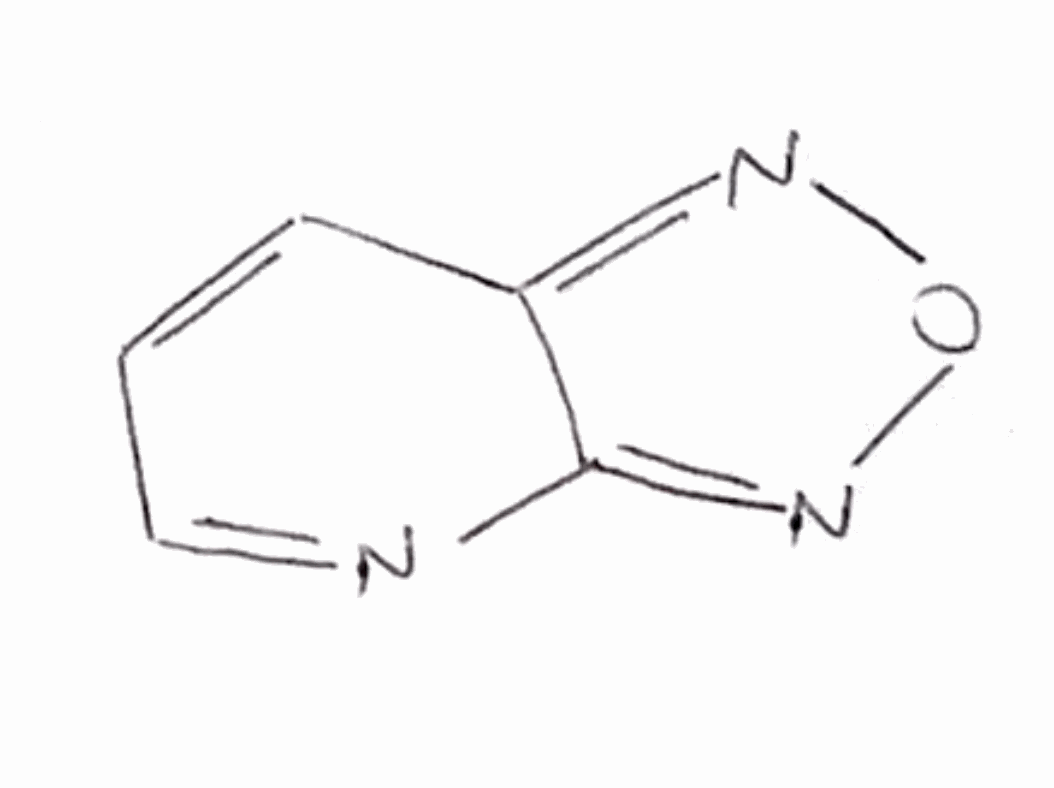
Simplified molecular-input line-entry system (SMILES) notation of the given molecule:
C1=CC2=NON=C2N=C1